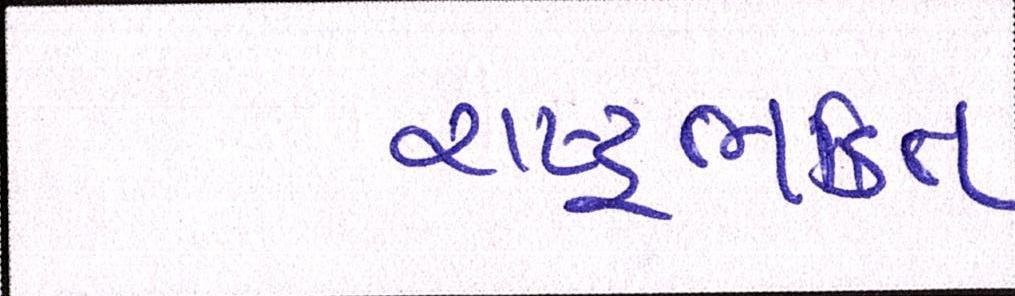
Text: રાષ્ટ્રભક્તિ